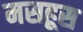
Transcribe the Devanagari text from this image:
मसहूस